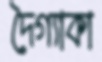
দৈগ্যাকা